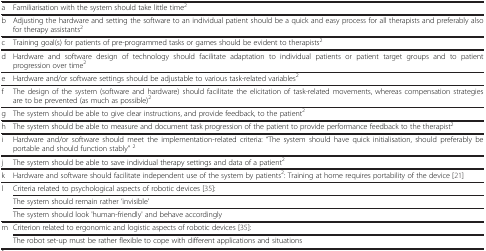
<table><thead><tr><td colspan="2"><b> </b></td></tr></thead><tbody><tr><td>a</td><td>Familiarisation with the system should take little time<sup>2</sup></td></tr><tr><td>b</td><td>Adjusting the hardware and setting the software to an individual patient should be a quick and easy process for all therapists and preferably also for therapy assistants<sup>2</sup></td></tr><tr><td>c</td><td>Training goal(s) for patients of pre-programmed tasks or games should be evident to therapists<sup>2</sup></td></tr><tr><td>d</td><td>Hardware and software design of technology should facilitate adaptation to individual patients or patient target groups and to patient progression over time<sup>2</sup></td></tr><tr><td>e</td><td>Hardware and/or software settings should be adjustable to various task-related variables<sup>2</sup></td></tr><tr><td>f</td><td>The design of the system (software and hardware) should facilitate the elicitation of task-related movements, whereas compensation strategies are to be prevented (as much as possible)<sup>2</sup></td></tr><tr><td>g</td><td>The system should be able to give clear instructions, and provide feedback, to the patient<sup>2</sup></td></tr><tr><td>h</td><td>The system should be able to measure and document task progression of the patient to provide performance feedback to the therapist<sup>2</sup></td></tr><tr><td>i</td><td>Hardware and/or software should meet the implementation-related criteria: “The system should have quick initialisation, should preferably be portable and should function stably” <sup>2</sup></td></tr><tr><td>j</td><td>The system should be able to save individual therapy settings and data of a patient<sup>2</sup></td></tr><tr><td>k</td><td>Hardware and software should facilitate independent use of the system by patients<sup>2</sup>: Training at home requires portability of the device [21]</td></tr><tr><td rowspan="3">l</td><td>Criteria related to psychological aspects of robotic devices [35]:</td></tr><tr><td>The system should remain rather ’invisible’</td></tr><tr><td>The system should look &#x27;human-friendly&#x27; and behave accordingly</td></tr><tr><td rowspan="2">m</td><td>Criterion related to ergonomic and logistic aspects of robotic devices [35]:</td></tr><tr><td>The robot set-up must be rather flexible to cope with different applications and situations</td></tr></tbody></table>